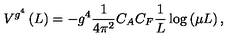
V ^ { g ^ { 4 } } \left( L \right) = - g ^ { 4 } \frac { 1 } { { 4 \pi ^ { 2 } } } C _ { A } C _ { F } \frac { 1 } { L } \log \left( { \mu L } \right) ,